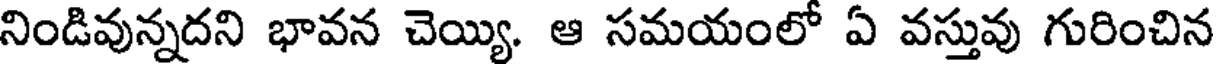
నిండివున్నదని భావన చెయ్యి. ఆ సమయంలో ఏ వస్తువు గురించిన